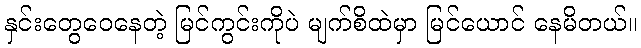
နှင်းတွေဝေနေတဲ့ မြင်ကွင်းကိုပဲ မျက်စိထဲမှာ မြင်ယောင် နေမိတယ်။